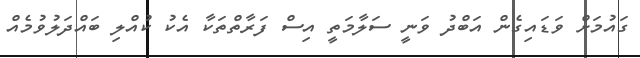
ގައުމަށް ވަޑައިގެން އަބްދު ވަނީ ސަލާމަތީ އިސް ފަރާތްތަކާ އެކު ކުއްލި ބައްދަލުވުމެއް